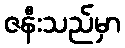
ဇနီးသည်မှာ